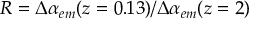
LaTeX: R = \Delta \alpha _ { e m } ( z = 0 . 1 3 ) / \Delta \alpha _ { e m } ( z = 2 )